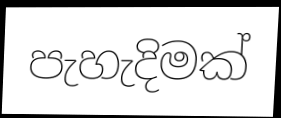
පැහැදිමක්